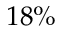
1 8 \%